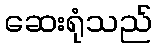
ဆေးရုံသည်